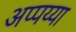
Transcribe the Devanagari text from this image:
अप्पय्या